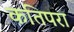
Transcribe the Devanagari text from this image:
कतिपरा